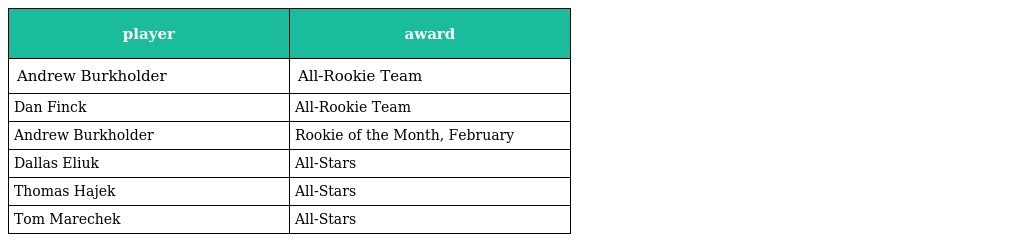
| player | award |
 | --- | --- |
 | Andrew Burkholder | All-Rookie Team |
 | Dan Finck | All-Rookie Team |
 | Andrew Burkholder | Rookie of the Month, February |
 | Dallas Eliuk | All-Stars |
 | Thomas Hajek | All-Stars |
 | Tom Marechek | All-Stars |